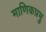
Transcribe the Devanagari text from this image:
माणिकप्रभ्रु